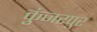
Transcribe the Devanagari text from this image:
कुंजरपुर